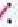
: